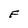
Character: F